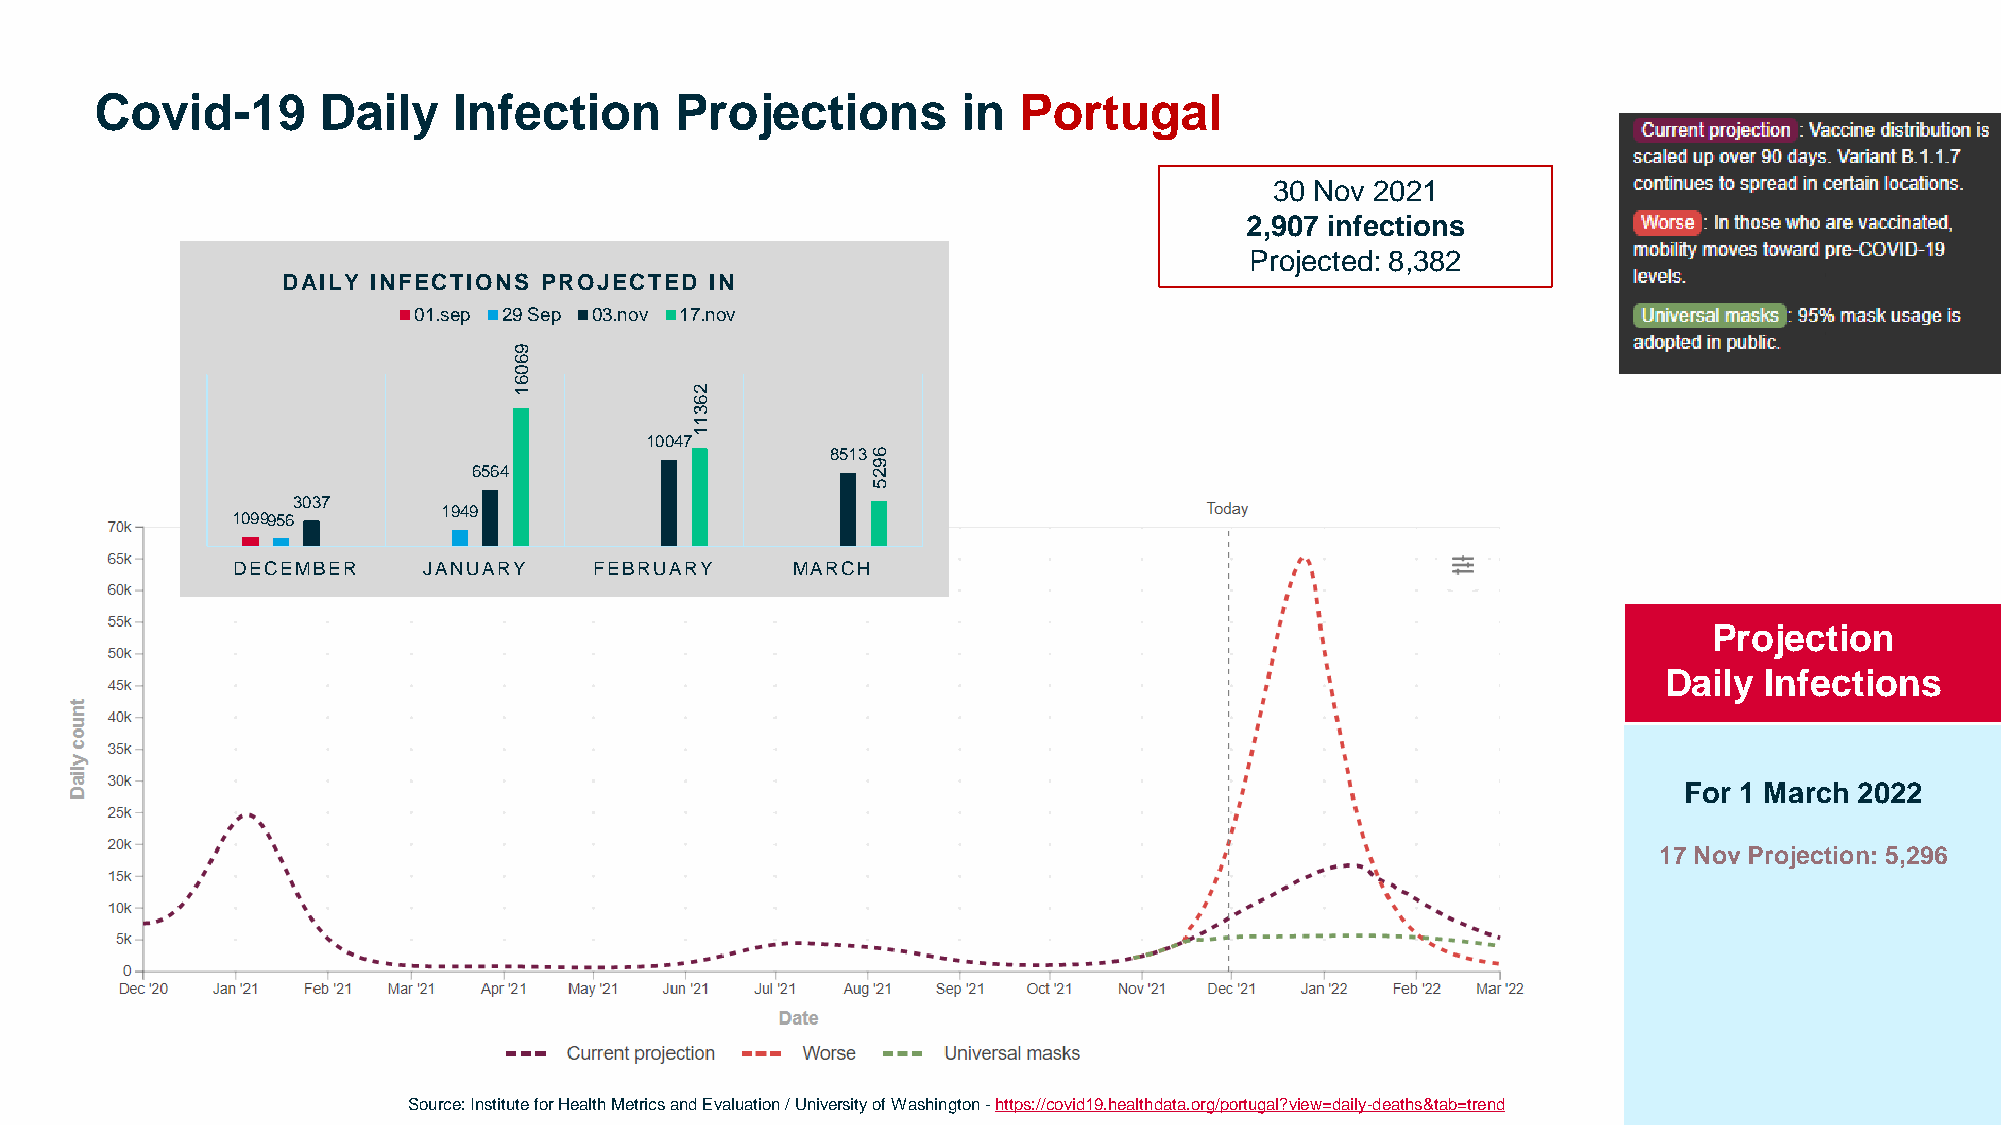
Covid-19       Daily    Infection      Projections        in Portugal
 30 Nov 2021
 2,907 infections
 Projected: 8,382
 DAILY INFECTIONS PROJECTED  IN
 01.sep 29 Sep 03.nov 17.nov
 9
 6
 0
 6
 1           2
 6
 3
 1
 1
 10047
 85136
 9
 6564                       2
 5
 3037
 1949
 1099956
 DECEMBER     JANUARY    FEBRUARY     MARCH
 Projection
 Daily  Infections
 For 1 March 2022
 17 Nov Projection: 5,296
 2021                                                          Confidential Hovione © 2021 16
 Source: Institute for Health Metrics and Evaluation / University of Washington -https://covid19.healthdata.org/portugal?view=daily-deaths&tab=trend